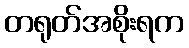
တရုတ်အစိုးရက